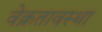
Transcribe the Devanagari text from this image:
वेक्रतावस्था